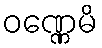
ဝဏ္ဏေမိ